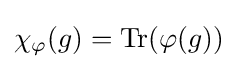
\chi _{\varphi }(g)=\mathrm {Tr} (\varphi (g))